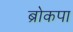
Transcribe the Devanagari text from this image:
ब्रोकपा